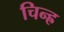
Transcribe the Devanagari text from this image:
चिन्ह्र